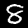
Label: 8